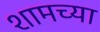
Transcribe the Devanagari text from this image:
शामच्या